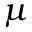
\mu